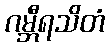
ဂမ္ဘီရသိတံ